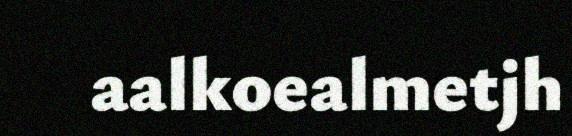
aalkoealmetjh